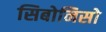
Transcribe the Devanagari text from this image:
सिबोनिसो